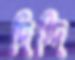
দিগ্‌দি